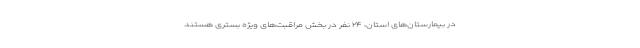
در بیمارستان‌های استان، ۲۴ نفر در بخش مراقبت‌های ویژه بستری هستند